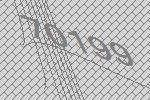
70199